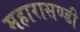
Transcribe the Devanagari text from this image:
महारासण्डी